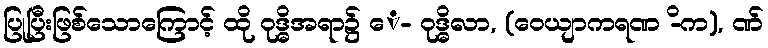
ပြုပြီးဖြစ်သောကြောင့် ထို ဝုဒ္ဓိအရာ၌ ေ- ဝုဒ္ဓိလာ, (ဝေယျာကရဏ -ိက), ဏ်